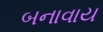
બનાવાય